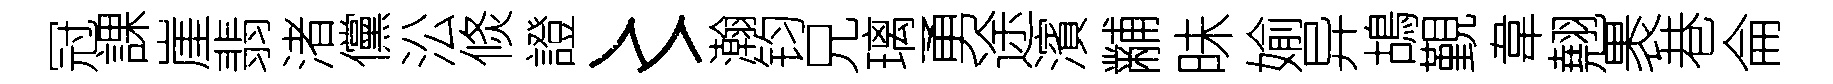
冠課崖翡渚儻㳂倐證〻瀚钧兄璃勇途濱黼昧媮异鴣覲韋翹褁巷侖